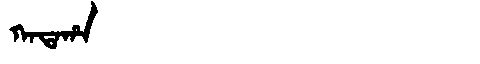
Manchu: ᡴᠠᡨᠠᡥᠠ
Romanization: KATAHA